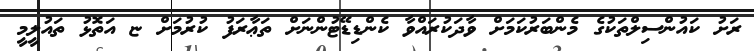
ރަށު ކައުންސިލްތަކުގެ މެންބަރުކަމަށް ވާދަކުރައްވާ ކެންޑިޑޭޓުންނަށް ތަޢާރަފު ކުރުމަށް ޏ އަތޮޅު ތައުލީމީ